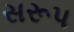
સરૂપ